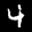
Label: 4